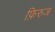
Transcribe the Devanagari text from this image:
फ़िरुज